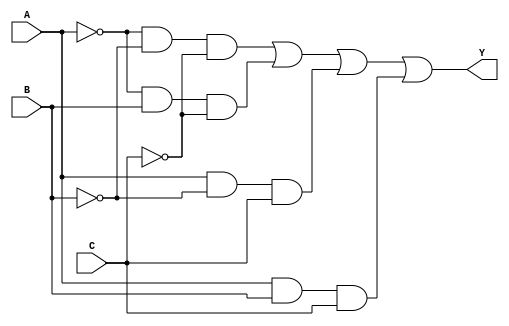
module sop_simplification (
    input wire A,  // Input variable A
    input wire B,  // Input variable B
    input wire C,  // Input variable C
    output wire Y  // Output of the SOP expression
);

// Define the SOP expression based on the minterms.
// For example, let's assume the minterms are 1, 2, 5, and 6.
// Minterm 1: A'B'C'
// Minterm 2: A'BC'
// Minterm 5: AB'C
// Minterm 6: ABC'

// The simplified SOP expression can be represented as:
// Y = A'B'C' + A'BC' + AB'C + ABC

assign Y = (~A & ~B & ~C) | (~A & B & ~C) | (A & ~B & C) | (A & B & C);

endmodule